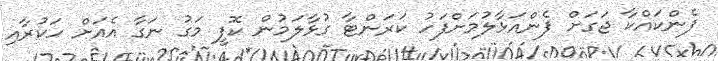
ފެންކައްކާ ޖަގަށް ފެންއަޅާލުމަށްފަހު ކަރަންޓާ ގުޅާލަމުން ކޮފީ މަގު ނަގާ އެއަށް ހަކުރާއި